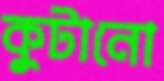
কুটানো